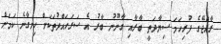
ރާއްޖޭގެ ފުރިހަމަ ސިޔާދަތީ ބާރާއި ގާނޫނު ބާރު އެ ސަރަހައްދުތަަކަށް ހިނގާނެ ކަަމަށް